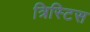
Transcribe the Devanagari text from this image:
त्रिस्टिस